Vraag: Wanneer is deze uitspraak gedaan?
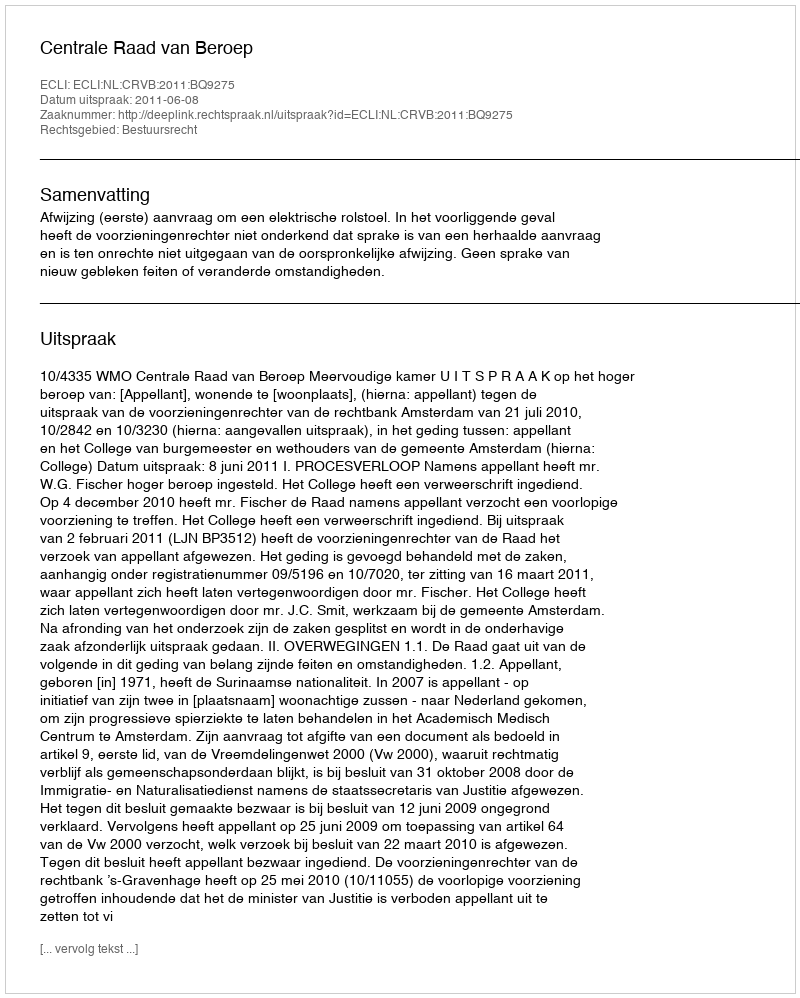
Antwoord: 2011-06-08